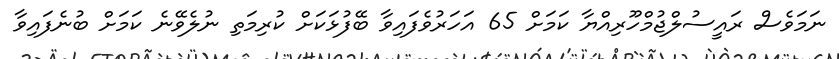
ނަމަވެސް ރައީސުލްޖުމްހޫރިއްޔާ ކަމަށް 65 އަހަރުވެފައިވާ ބޭފުޅަކަށް ކުރިމަތި ނުލެވޭނެ ކަމަށް ބުނެފައިވާ